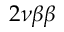
2 \nu \beta \beta